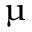
\upmu